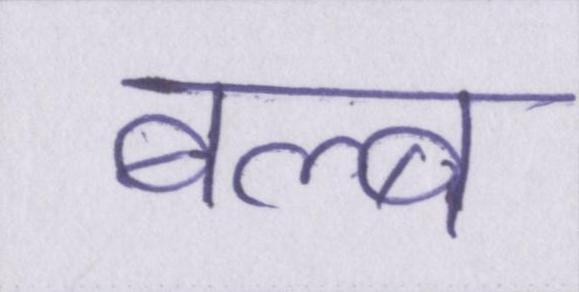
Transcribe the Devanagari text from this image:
बल्ब